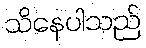
သိနေပါသည်